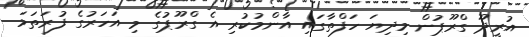
އުރީދޫ ގްރޫޕުން މިދިޔަ ހަފްތާގައި އާންމުކުރި އެ ގްރޫޕުގެ މި އަހަރުގެ ފުރަތަމަ